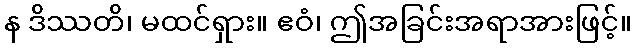
န ဒိဿတိ၊ မထင်ရှား။ ဧဝံ၊ ဤအခြင်းအရာအားဖြင့်။